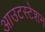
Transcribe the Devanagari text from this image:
आउटस्टेशन